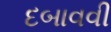
દબાવવી